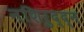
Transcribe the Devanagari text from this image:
नशिरुद्द्न